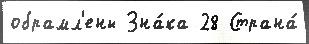
обрамл'ены Зна́ка 28 Страна́